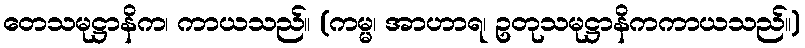
တေသမုဋ္ဌာနိက၊ ကာယသည်။ (ကမ္မ၊ အာဟာရ၊ ဥတုသမုဋ္ဌာနိကကာယသည်။)